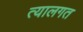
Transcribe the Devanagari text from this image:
त्यालगत